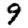
Digit: 9